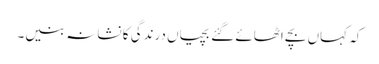
کہ کہاں بچے اٹھائے گئے بچیاں درندگی کا نشانہ بنیں۔